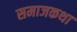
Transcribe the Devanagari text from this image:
समाजकथा